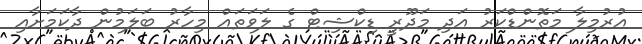
އުރުމިލާ މަތޮންޑްކަރު އަދި މަދޫރީ ޑިކްޝިޓް ގެ ލަވަތައް މިހާރު ބަލަމުން ދާކަމަށާއި